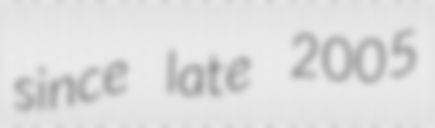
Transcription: since late 2005